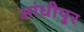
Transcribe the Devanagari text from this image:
आंधीपुर